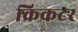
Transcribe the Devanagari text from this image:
क्रिकटर